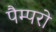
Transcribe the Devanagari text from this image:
पैम्परो